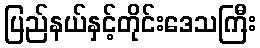
ပြည်နယ်နှင့်တိုင်းဒေသကြီး